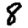
Digit: 8